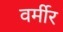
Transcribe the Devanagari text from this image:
वर्मीर